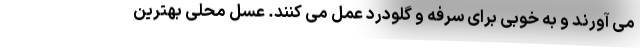
می آورند و به خوبی برای سرفه و گلودرد عمل می کنند. عسل محلی بهترین